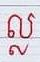
ល្ល